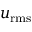
u _ { \mathrm { r m s } }